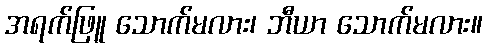
အရက်ဖြူ သောက်မလား၊ ဘီယာ သောက်မလား။